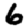
Digit: 6